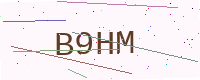
Text: B9HM